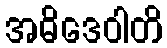
အဓိဒေဝါတိ